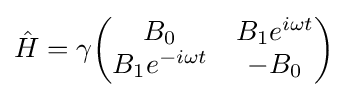
{\hat {H}}=\gamma {\begin{pmatrix}B_{0}&B_{1}e^{i\omega t}\\B_{1}e^{-i\omega t}&-B_{0}\end{pmatrix}}